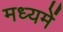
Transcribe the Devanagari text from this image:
मध्‍यमें